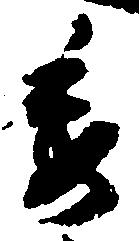
委